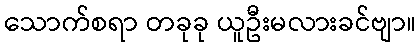
သောက်စရာ တခုခု ယူဦးမလားခင်ဗျာ။